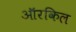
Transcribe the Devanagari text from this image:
ऑरकिल